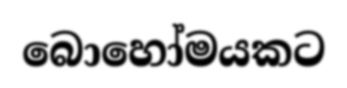
බොහෝමයකට